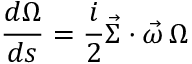
\frac { d \Omega } { d s } = \frac { i } { 2 } \vec { \Sigma } \cdot \vec { \omega } \, \Omega